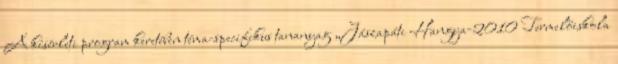
A kísérleti program keretében téma-specifikus tananyag „Jászapáti Hangya-2010 Termelőiskola